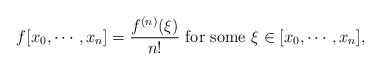
\begin{align*} f[x_0,\cdots, x_n]=\frac{f^{(n)}(\xi)}{n!} \textrm{ for some } \xi\in[x_0,\cdots, x_n],\end{align*}